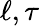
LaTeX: \ell,\tau